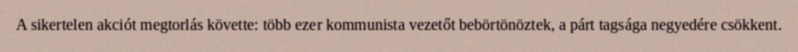
A sikertelen akciót megtorlás követte: több ezer kommunista vezetőt bebörtönöztek, a párt tagsága negyedére csökkent.